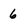
Character: 6